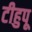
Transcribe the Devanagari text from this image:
टीहुपू